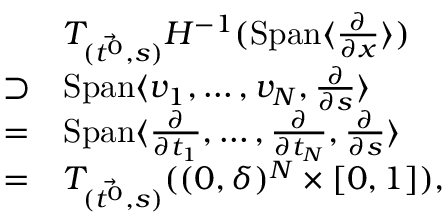
\begin{array} { r l } & { T _ { ( \Vec { t ^ { 0 } } , s ) } H ^ { - 1 } ( \mathrm { S p a n } \langle \frac { \partial } { \partial x } \rangle ) } \\ { \supset } & { \mathrm { S p a n } \langle v _ { 1 } , \ldots , v _ { N } , \frac \partial { \partial s } \rangle } \\ { = } & { \mathrm { S p a n } \langle \frac \partial { \partial t _ { 1 } } , \ldots , \frac \partial { \partial t _ { N } } , \frac \partial { \partial s } \rangle } \\ { = } & { T _ { ( \Vec { t ^ { 0 } } , s ) } ( ( 0 , \delta ) ^ { N } \times [ 0 , 1 ] ) , } \end{array}